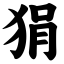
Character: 狷